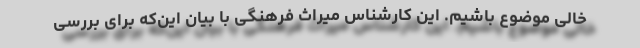
خالی موضوع باشیم. این کارشناس میراث فرهنگی با بیان این‌که برای بررسی